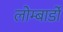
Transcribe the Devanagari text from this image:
लोम्बार्डों